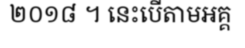
២០១៨ ។ នេះបើតាមអគ្គ